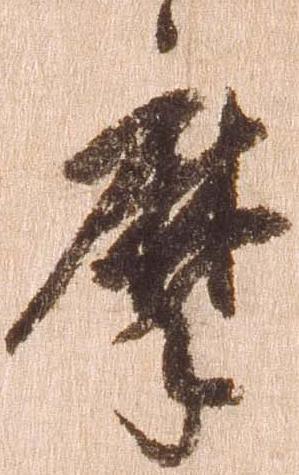
摩